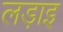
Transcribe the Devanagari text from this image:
लड़ाइ